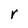
Character: r